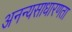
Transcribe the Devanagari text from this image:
अनन्यसाधारणता